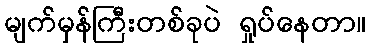
မျက်မှန်ကြီးတစ်ခုပဲ ရှုပ်နေတာ။